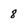
Character: 8